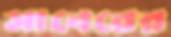
সাবেরের